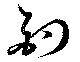
釣